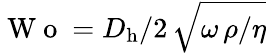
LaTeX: \mathrm{~W~o~}={D_{\mathrm{h}}}/{2}\, {\sqrt{{\omega\, \rho}/{\eta}}}